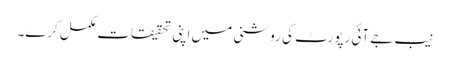
نیب جے آئی رپورٹ کی روشنی میں اپنی تحقیقات مکمل کرے۔